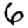
Digit: 6